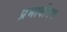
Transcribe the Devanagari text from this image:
प्रभावीपण